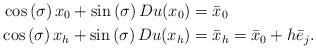
LaTeX: \begin{align*}\cos\left( \sigma\right) x_{0}+\sin\left( \sigma\right) Du(x_{0}) &=\bar{x}_{0}\\\cos\left( \sigma\right) x_{h}+\sin\left( \sigma\right) Du(x_{h}) &=\bar{x}_{h}=\bar{x}_{0}+h\bar{e}_{j}.\end{align*}